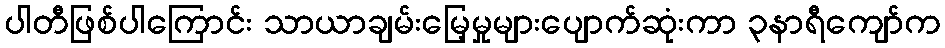
ပါတီဖြစ်ပါကြောင်း သာယာချမ်းမြေ့မှုများပျောက်ဆုံးကာ ၃နာရီကျော်က